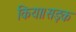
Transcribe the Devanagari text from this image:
किया।सड़क